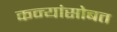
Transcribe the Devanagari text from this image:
कन्यांसोबत